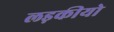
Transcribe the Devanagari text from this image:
लड़कीयो